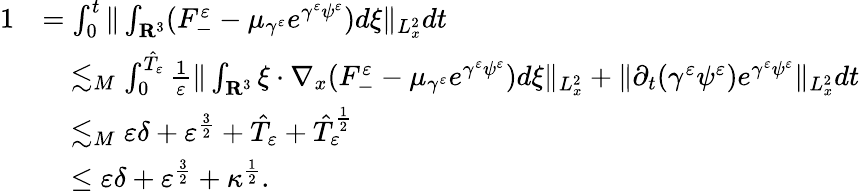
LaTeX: \begin{array}{rl}{1}&{=\int_{0}^{t}\| \int_{\mathbf R^{3}}(F_{-}^{\varepsilon}-\mu_{\gamma^{\varepsilon}}e^{\gamma^{\varepsilon}\psi^{\varepsilon}})d\xi\| _{L_{x}^{2}}dt}\\ &{\quad\lesssim_{M}\int_{0}^{\hat{T}_{\varepsilon}}\frac{1}{\varepsilon}\| \int_{\mathbf R^{3}}\xi\cdot\nabla_{x}(F_{-}^{\varepsilon}-\mu_{\gamma^{\varepsilon}}e^{\gamma^{\varepsilon}\psi^{\varepsilon}})d\xi\| _{L_{x}^{2}}+\| \partial_{t}(\gamma^{\varepsilon}\psi^{\varepsilon})e^{\gamma^{\varepsilon}\psi^{\varepsilon}}\| _{L_{x}^{2}}dt}\\ &{\quad\lesssim_{M}\varepsilon\delta+\varepsilon^{\frac{3}{2}}+\hat{T}_{\varepsilon}+\hat{T}_{\varepsilon}^{\frac{1}{2}}}\\ &{\quad\leq\varepsilon\delta+\varepsilon^{\frac{3}{2}}+\kappa^{\frac{1}{2}}.}\end{array}